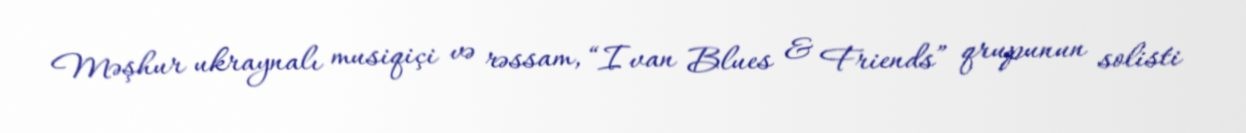
Məşhur ukraynalı musiqiçi və rəssam, “Ivan Blues & Friends” qrupunun solisti